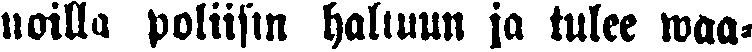
noilla poliisin haltuun ja tulee waa-